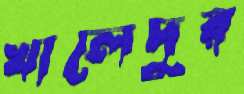
খালেদুর